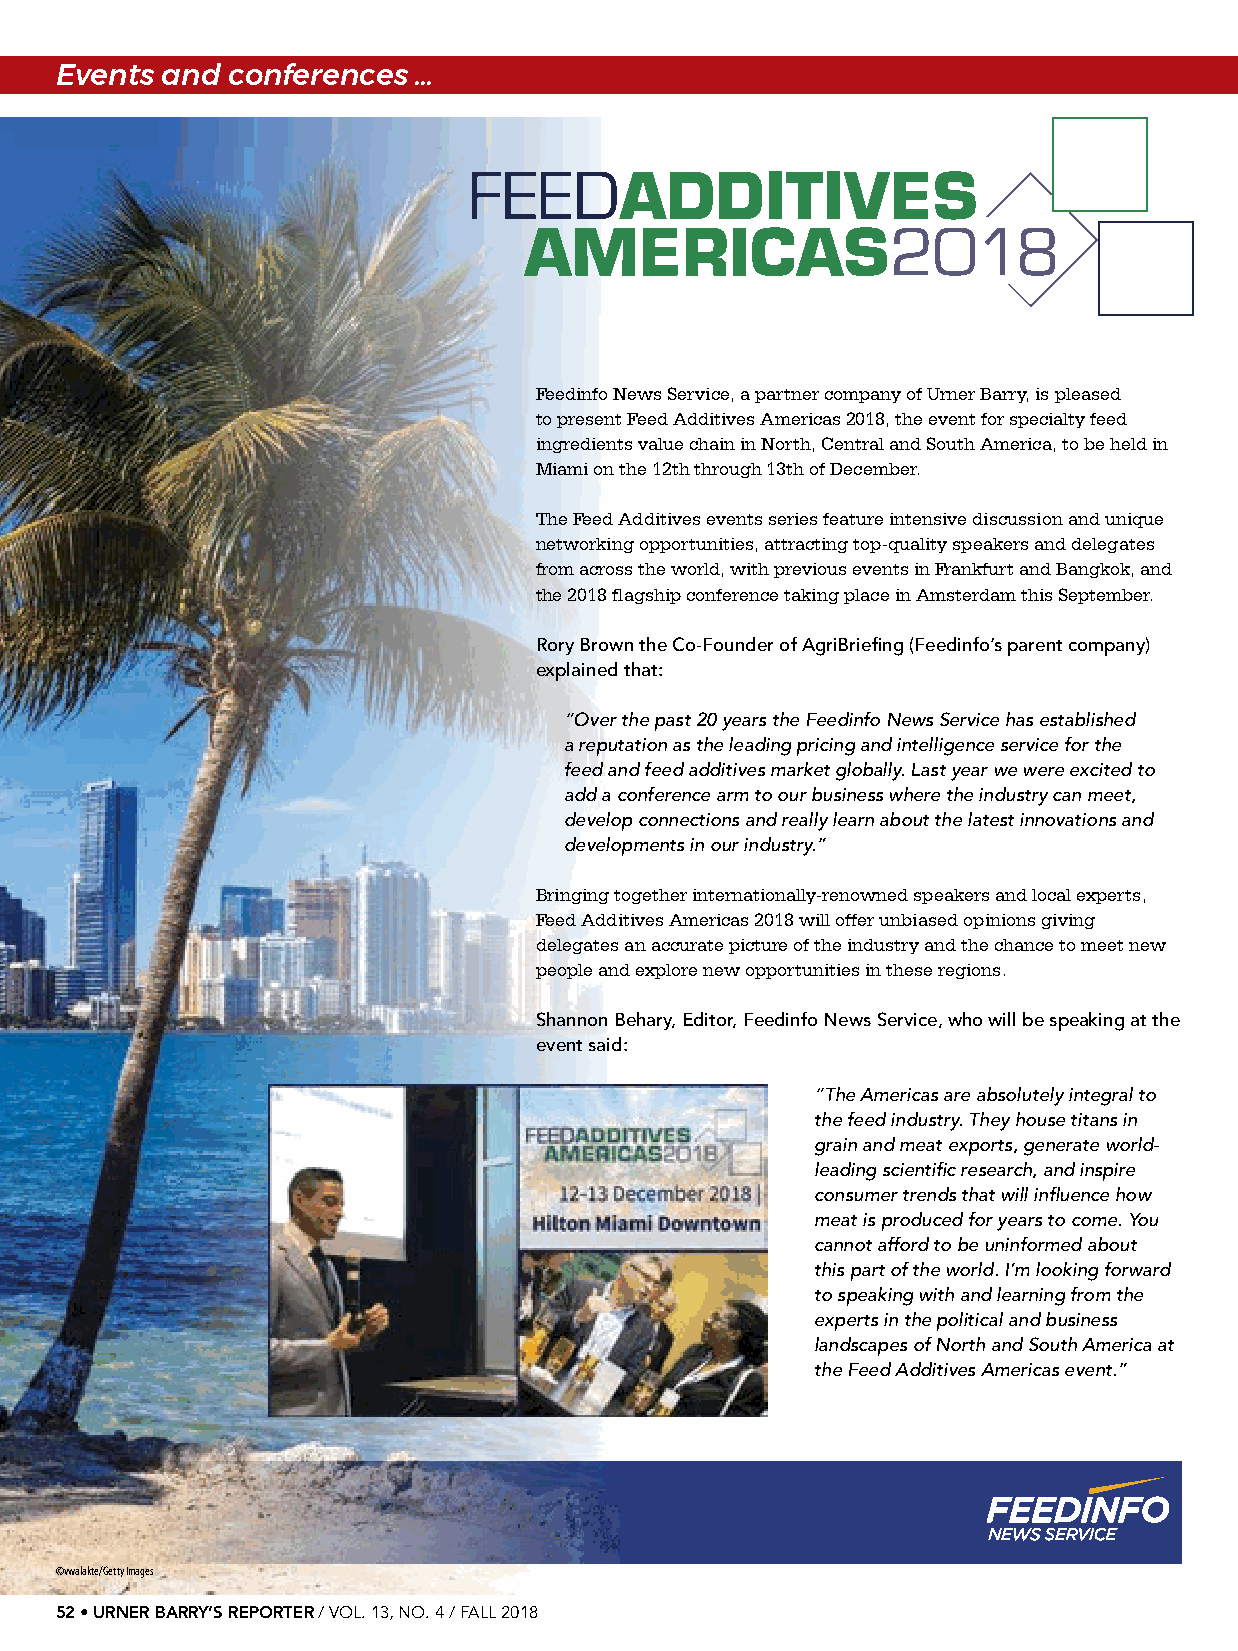
Events and conferences …
 Feedinfo News Service, a partner company of Urner Barry, is pleased
 to present Feed Additives Americas 2018, the event for specialty feed
 ingredients value chain in North, Central and South America, to be held in
 Miami on the 12th through 13th of December.
 The Feed Additives events series feature intensive discussion and unique
 networking opportunities, attracting top-quality speakers and delegates
 from across the world, with previous events in Frankfurt and Bangkok, and
 the 2018 flagship conference taking place in Amsterdam this September.
 Rory Brown the Co-Founder of AgriBriefing (Feedinfo’s parent company)
 explained that:
 “Over the past 20 years the Feedinfo News Service has established
 a reputation as the leading pricing and intelligence service for the
 feed and feed additives market globally. Last year we were excited to
 add a conference arm to our business where the industry can meet,
 develop connections and really learn about the latest innovations and
 developments in our industry.”
 Bringing together internationally-renowned speakers and local experts,
 Feed Additives Americas 2018 will offer unbiased opinions giving
 delegates an accurate picture of the industry and the chance to meet new
 people and explore new opportunities in these regions.
 Shannon Behary, Editor, Feedinfo News Service, who will be speaking at the
 event said:
 “The Americas are absolutely integral to
 the feed industry. They house titans in
 grain and meat exports, generate world-
 leading scientific research, and inspire
 consumer trends that will influence how
 meat is produced for years to come. You
 cannot afford to be uninformed about
 this part of the world. I’m looking forward
 to speaking with and learning from the
 experts in the political and business
 landscapes of North and South America at
 the Feed Additives Americas event.”
 ©vwalakte/Getty Images
 52 • URNER BARRY’S REPORTER / VOL. 13, NO. 4 / FALL 2018